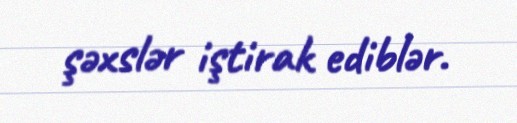
şəxslər iştirak ediblər.